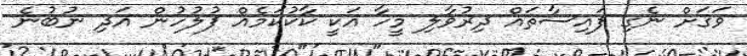
ވަގަށް ނެގި ފައިސާތައް ދިރުވާލި މީހާ އަކީ ކާކުކަމެއް ފުލުހުން އަދި ނުބުނެ